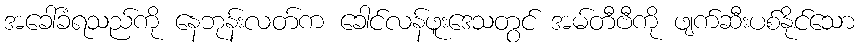
အခေါ်ခံရသည်ကို နေဘုန်းလတ်က ခေါင်လန်ဖူးဒေသတွင် အမ်တီဗီကို ဖျက်ဆီးပစ်နိုင်သော